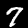
Digit: 7